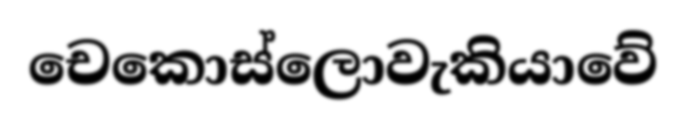
චෙකොස්ලොවැකියාවේ